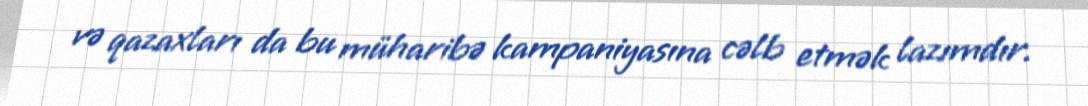
və qazaxları da bu müharibə kampaniyasına cəlb etmək lazımdır.